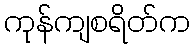
ကုန်ကျစရိတ်က